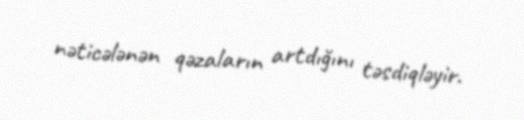
nəticələnən qəzaların artdığını təsdiqləyir.